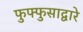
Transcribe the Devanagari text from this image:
फुफ्फुसाद्वारे